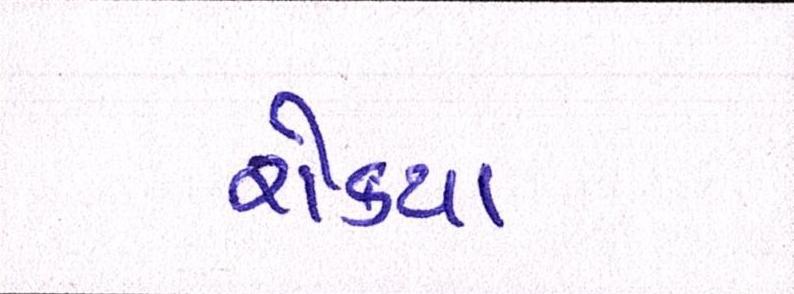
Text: રોક્યા